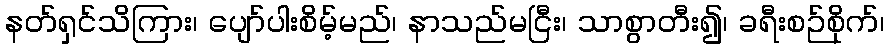
နတ်ရှင်သိကြား၊ ပျော်ပါးစိမ့်မည်၊ နာသည်မငြီး၊ သာစွာတီး၍၊ ခရီးစဉ်စိုက်၊